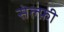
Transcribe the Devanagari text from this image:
सेल्फ़ी